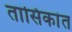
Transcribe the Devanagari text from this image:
तासिकांत